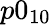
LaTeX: p0_{10}